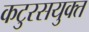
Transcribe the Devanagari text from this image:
कटुरसयुक्त